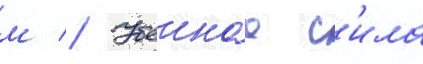
м // Убоинаа с'ила